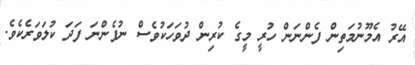
އޭރު އެމޫނުމަތިން ފެންނަން ހުރީ މީގެ ކުރިން ދުވަހަކުވެސް ނުފެންނަ ފަދަ ކުލަވަރެކެވެ.